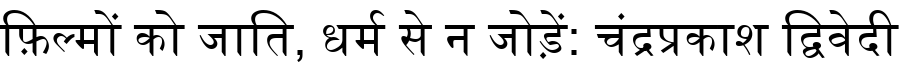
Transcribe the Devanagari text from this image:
फ़िल्मों को जाति, धर्म से न जोड़ें: चंद्रप्रकाश द्विवेदी